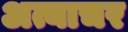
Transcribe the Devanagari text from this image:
अत्याचर